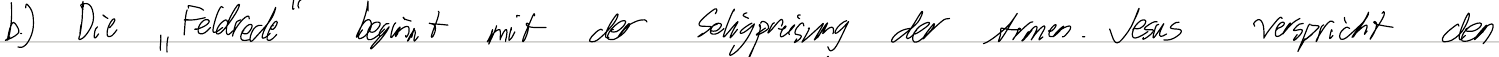
b.) Die "Feldrede" beginnt mit der Seligpreisung der Armen. Jesus verspricht den